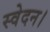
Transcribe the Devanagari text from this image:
स्वेदन।